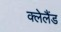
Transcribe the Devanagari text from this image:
क्लेलैंड